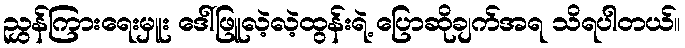
ညွှန်ကြားရေးမှူး ဒေါ်ဖြူလဲ့လဲ့ထွန်းရဲ့ ပြောဆိုချက်အရ သိရပါတယ်။